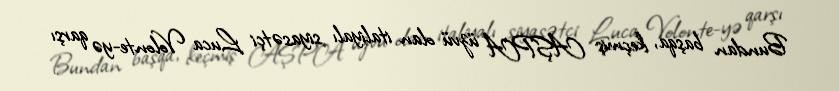
Bundan başqa, keçmiş AŞPA üzvü olan italiyalı siyasətçi Luca Volonte-yə qarşı